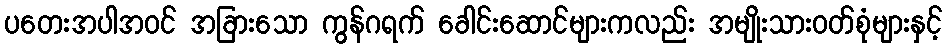
ပတေးအပါအဝင် အခြားသော ကွန်ဂရက် ခေါင်းဆောင်များကလည်း အမျိုးသားဝတ်စုံများနှင့်